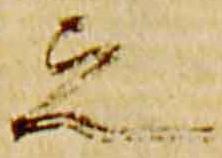
之